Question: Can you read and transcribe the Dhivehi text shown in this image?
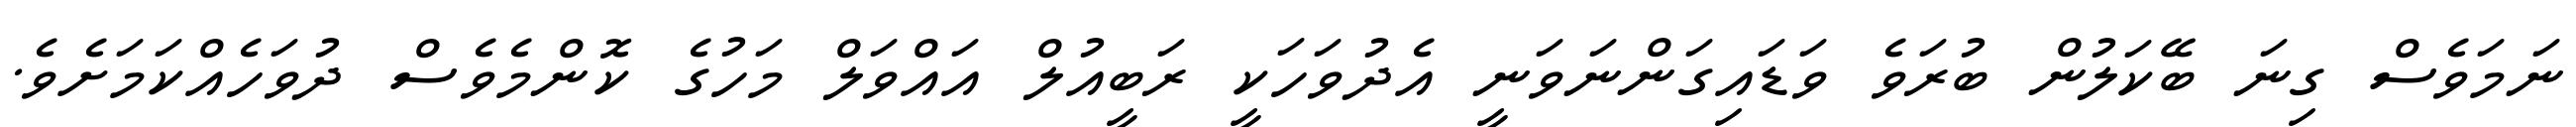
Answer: ނަމަވެސް ގިނަ ބޭކަލުން ބުރަވެ ވަޑައިގަންނަވަނީ އެދުވަހަކީ ރަބީއުލް އައްވަލް މަހުގެ ކޮންމެވެސް ދުވަހެއްކަމަށެވެ.